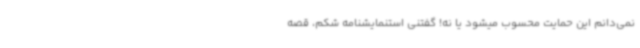
نمی‌دانم این حمایت محسوب میشود یا نه! گفتنی استنمایشنامه شکم، قصه